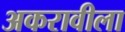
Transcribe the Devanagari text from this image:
अकरावीला